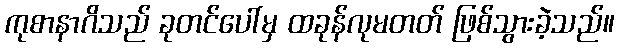
ကုစာနာဂိသည် ခုတင်ပေါ်မှ ထခုန်လုမတတ် ဖြစ်သွားခဲ့သည်။